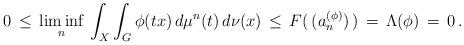
LaTeX: \begin{align*}0 \,\leq\, \liminf_n\,{\int_X\int_G \phi(t x) \, d\mu^n(t)\, d\nu(x)}\, \leq\, F(\,(a^{(\phi)}_{n})\,) \,=\, \Lambda(\phi) \,=\, 0\,.\end{align*}